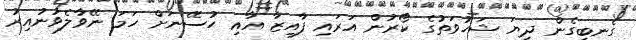
ގެނބިގެން ދިޔަ ޝަހުވަތުގެ ކޯރުން އަރައި ފާއިޒާ އާއި ހުސޭނަށް ހަމަ ނޭވާލެވުނުއިރު